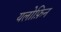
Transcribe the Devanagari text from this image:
यलोफ़िन